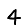
Digit: 4